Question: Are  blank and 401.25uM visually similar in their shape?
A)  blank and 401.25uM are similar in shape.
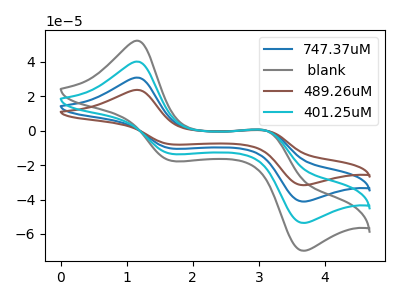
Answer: <think>The blue curve "747.37uM" has anodic peaks at (1.15V, 80.45uA) (3.10V, 0.40uA) and cathodic peaks at (1.70V, -27.00uA) (3.65V, -107.20uA). The gray curve " blank" has anodic peaks at (1.15V, 52.35uA) (3.10V, 0.25uA) and cathodic peaks at (1.70V, -17.55uA) (3.65V, -69.75uA). The brown curve "489.26uM" has anodic peaks at (1.15V, 120.65uA) (3.10V, 0.60uA) and cathodic peaks at (1.70V, -40.50uA) (3.65V, -160.85uA). The cyan curve "401.25uM" has anodic peaks at (1.15V, 40.20uA) (3.10V, 0.20uA) and cathodic peaks at (1.70V, -13.50uA) (3.65V, -53.60uA).
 All the peaks in " blank" have a peak in "401.25uM" at the same potential. Every peak in " blank" is higher than every peak in "401.25uM".</think>
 <answer>A) " blank" and "401.25uM" are similar in shape.</answer>
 <eval>A</eval>